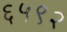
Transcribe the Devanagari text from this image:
६५९२